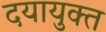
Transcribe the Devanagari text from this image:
दयायुक्त